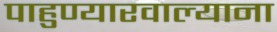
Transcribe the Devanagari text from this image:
पाहुण्यारवाल्याना